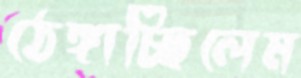
ঠেঙ্গাচ্ছিলেম